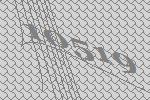
10519